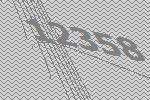
12358